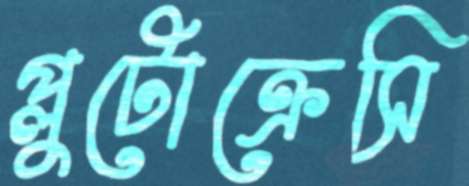
প্লুটোক্রেসি